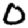
Digit: 0